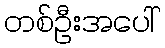
တစ်ဦးအပေါ်